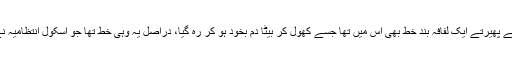
ڈائری کے اوراق پھیرتے پھیرتے ایک لفافہ بند خط بھی اس میں تھا جسے کھول کر بیٹا دم بخود ہو کر رہ گیا، دراصل یہ وہی خط تھا جو اسکول انتظامیہ نے ماں کے نام لکھا تھا۔